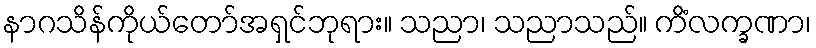
နာဂသိန်ကိုယ်တော်အရှင်ဘုရား။ သညာ၊ သညာသည်။ ကိံလက္ခဏာ၊